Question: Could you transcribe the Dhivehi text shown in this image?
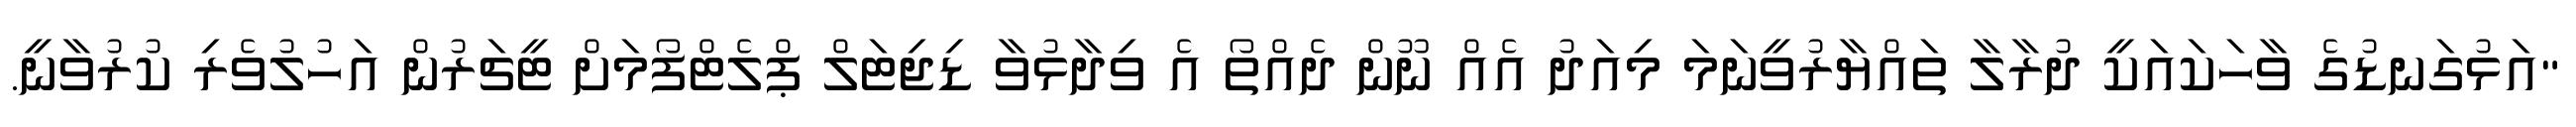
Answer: "އަޅުގަނޑުގެ ވާހަކައަކީ ދުރާލާ ތައްޔާރުވީނަމަ މިއަދު އެއް ނޫން ދެއްތޯ އެ ވިދާޅުވާ ޑިޖިޓަލް ޕްލެޓްފޯމަށް ޓީޗަރުން އަހުލުވެރި ކުރުވާނީ.